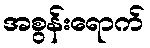
အစွန်းရောက်